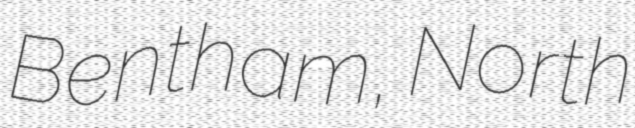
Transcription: Bentham, North